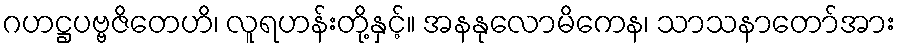
ဂဟဋ္ဌပဗ္ဗဇိတေဟိ၊ လူရဟန်းတို့နှင့်။ အနနုလောမိကေန၊ သာသနာတော်အား